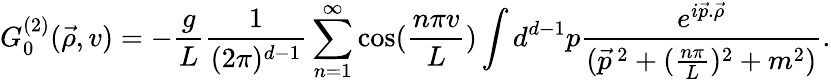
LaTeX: G_{0}^{(2)}(\vec{\rho},v)=-\frac{g}{L}\frac{1}{(2\pi)^{d-1}}\sum_{n=1}^{\infty}\cos(\frac{n\pi v}{L})\int d^{d-1}p\frac{e^{i\vec{p}.\vec{\rho}}}{(\vec{p}^{\, 2}+(\frac{n\pi}{L})^{2}+m^{2})}.